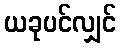
ယခုပင်လျှင်